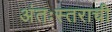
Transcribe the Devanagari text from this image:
अंतःस्तराची